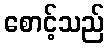
စောင့်သည်